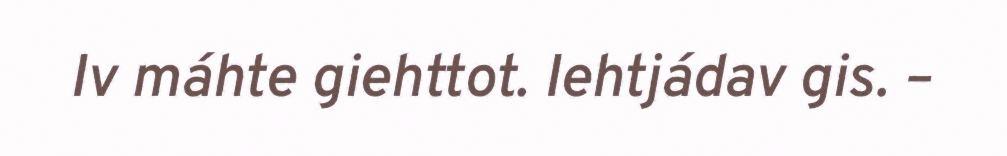
Iv máhte giehttot. Iehtjádav gis. –